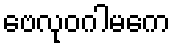
ဗေလုဝဂါမကေ